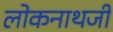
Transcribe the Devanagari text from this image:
लोकनाथजी